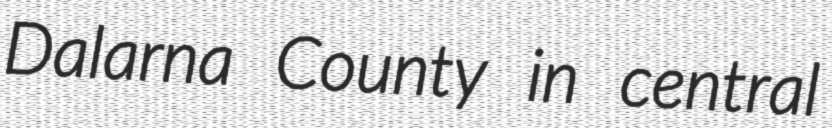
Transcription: Dalarna County in central